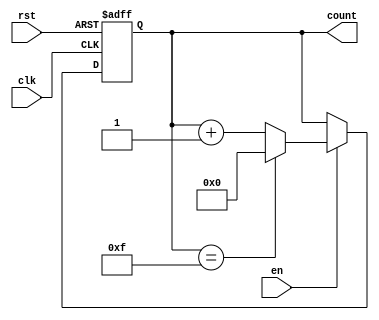
module memory_blocks_up_counter #(
    parameter WIDTH = 4  // Parameter to define the width of the counter
)(
    input wire clk,      // Clock input
    input wire rst,      // Asynchronous reset input
    input wire en,       // Enable input
    output reg [WIDTH-1:0] count  // Counter output
);
  
    // Maximum count value
    localparam MAX_COUNT = (1 << WIDTH) - 1;  // 2^WIDTH - 1

    // Always block triggered on the rising edge of the clock
    always @(posedge clk or posedge rst) begin
        if (rst) begin
            // Reset the counter to zero on reset signal
            count <= 0;
        end else if (en) begin
            // Increment the counter if enabled
            if (count == MAX_COUNT) begin
                count <= 0;  // Wrap around to zero
            end else begin
                count <= count + 1;  // Increment the counter
            end
        end
    end

endmodule